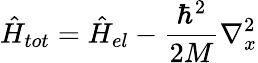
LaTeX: \hat{H}_{tot}=\hat{H}_{el}-\frac{\hbar^{2}}{2M}\nabla_{x}^{2}